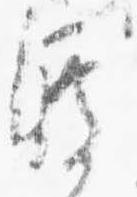
渡